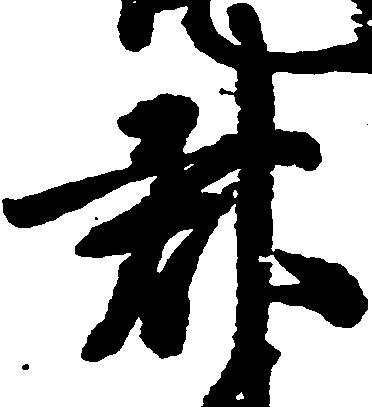
郡